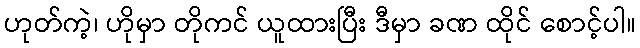
ဟုတ်ကဲ့၊ ဟိုမှာ တိုကင် ယူထားပြီး ဒီမှာ ခဏ ထိုင် စောင့်ပါ။